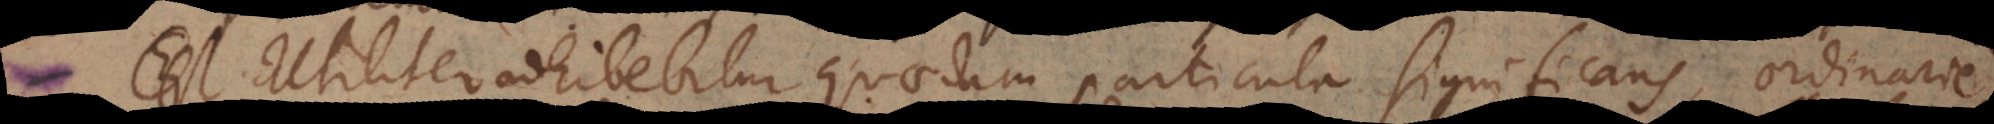
i. Utiliter adhibebitur quaedam particula significans, ordinarie,